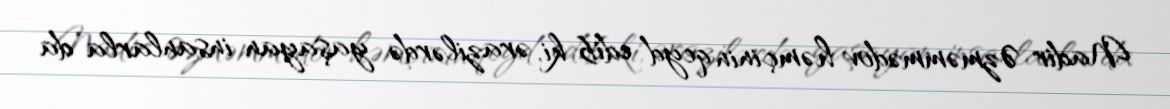
Nadir Əzməmmədov həmçinin qeyd edib ki, ərazilərdə yaşayan insanlarla da